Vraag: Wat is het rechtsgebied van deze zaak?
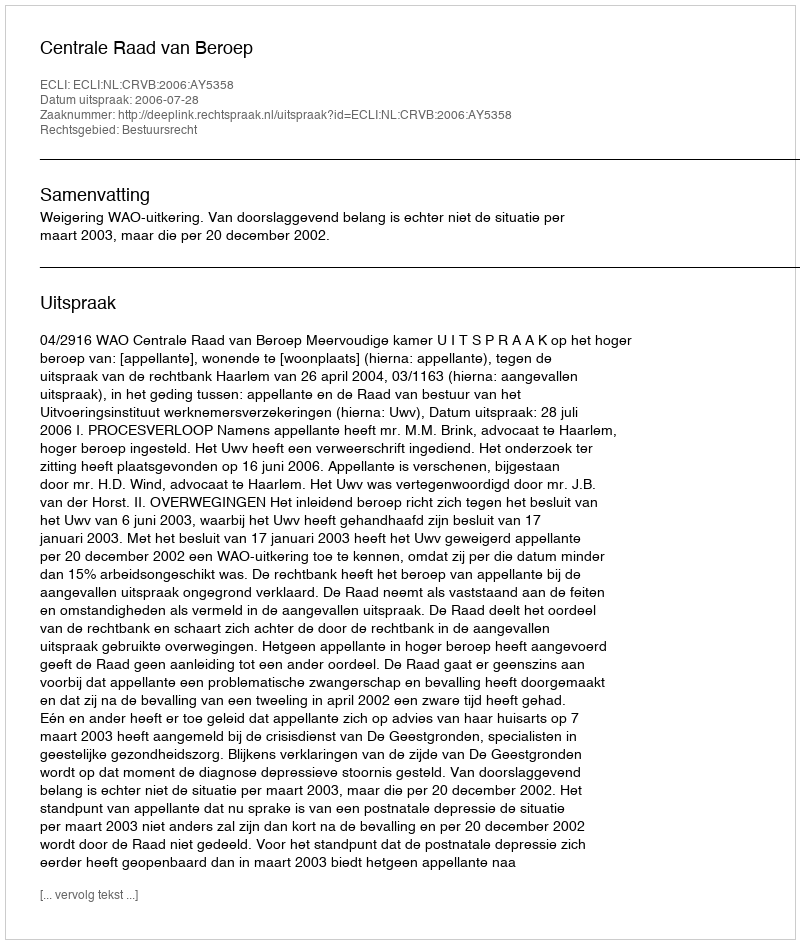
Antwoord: Bestuursrecht